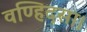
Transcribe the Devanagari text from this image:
वण्हिदसा।